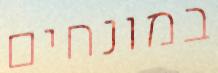
במונחים